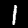
Digit: 1